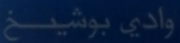
وادي بوشیخ